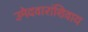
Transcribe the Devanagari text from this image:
उमेदवारांशिवाय